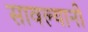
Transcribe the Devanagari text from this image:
सावल्यानी